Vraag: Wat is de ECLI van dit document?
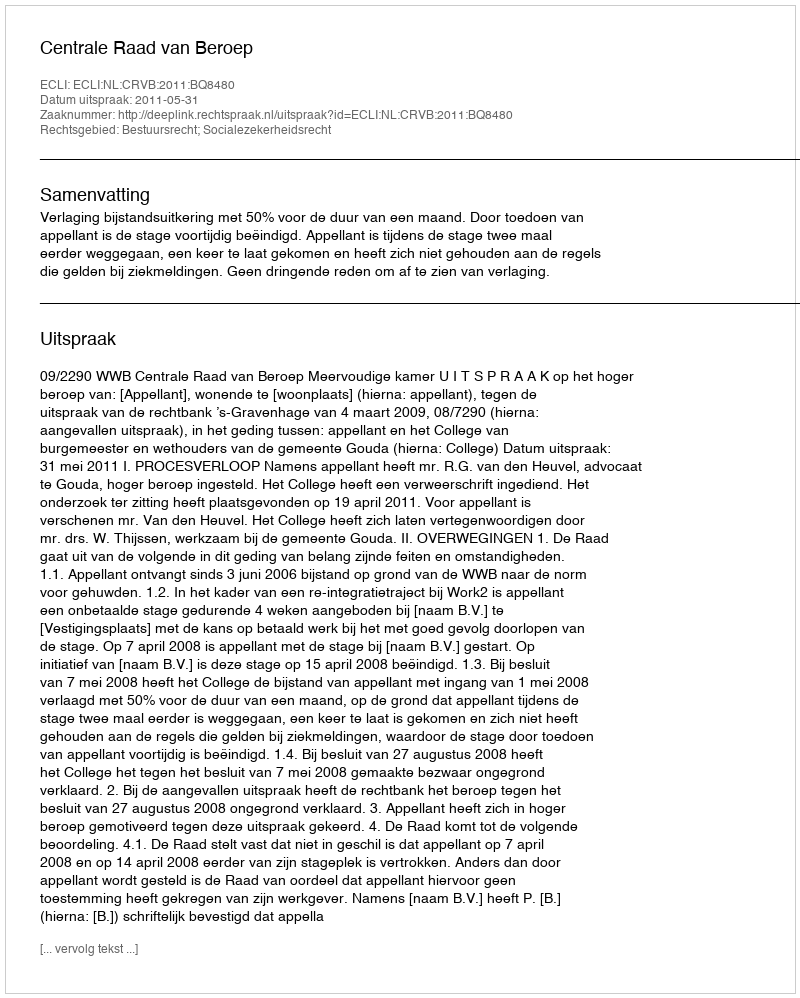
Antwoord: ECLI:NL:CRVB:2011:BQ8480